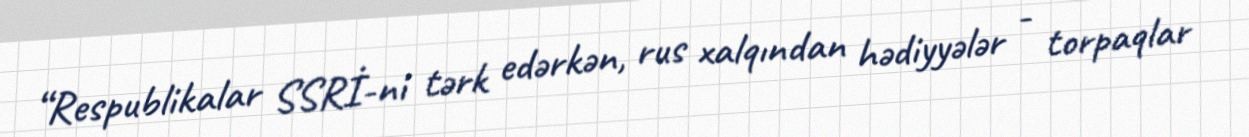
“Respublikalar SSRİ-ni tərk edərkən, rus xalqından hədiyyələr - torpaqlar